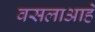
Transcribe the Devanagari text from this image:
वसलाआहे